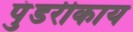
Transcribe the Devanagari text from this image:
पुंडरीकाय